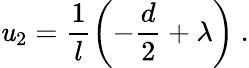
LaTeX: \mathit{u}_{2}=\frac{1}{l}\left(-\frac{{d}}{2}+\lambda\right)~.